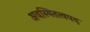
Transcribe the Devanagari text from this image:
अवस्थितत्वपद